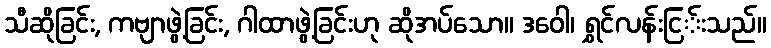
သီဆိုခြင်း, ကဗျာဖွဲ့ခြင်း, ဂါထာဖွဲ့ခြင်းဟု ဆိုအပ်သော။ ဒဝေါ၊ ရွှင်လန်းငြ်းသည်။